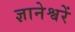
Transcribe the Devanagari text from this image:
ज्ञानेश्वरें